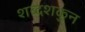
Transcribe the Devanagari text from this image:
शब्दशकुन